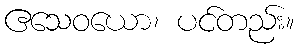
ဧသေဝယော၊ ပင်တည်း။